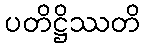
ပတိဋ္ဌိဿတိ